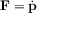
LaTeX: \; \mathbf { F } = { \dot { \mathbf { p } } }